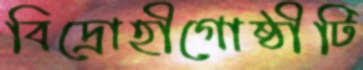
বিদ্রোহীগোষ্ঠীটি